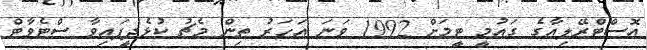
އޮސްޓްރޭލިއާގެ ގައުމީ ޓީމަށް 1992 ވަނަ އަހަރު ތިން މެޗު ކުޅެދީފައިވާ ސްޓެވާޓް